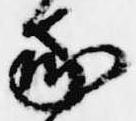
家